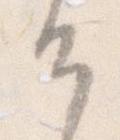
け